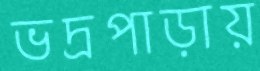
ভদ্রপাড়ায়